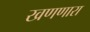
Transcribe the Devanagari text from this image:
खणणारा